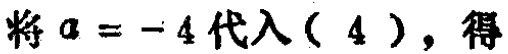
将\(a = - 4\)代入\((4)\)，得